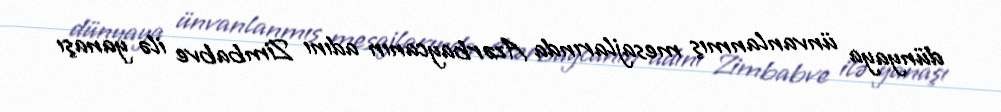
dünyaya ünvanlanmış mesajlarında Azərbaycanın adını Zimbabve ilə yanaşı